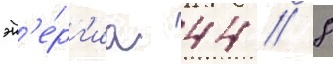
эн'е́рг'иа 44 / 8